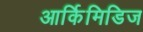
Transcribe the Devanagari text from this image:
आर्किमिडिज